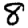
Digit: 8